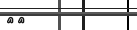
٤٤